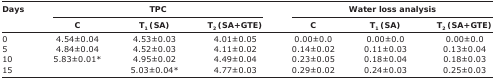
<table><thead><tr><td rowspan="3"><b>Days</b></td><td colspan="3"><b>TPC</b></td><td colspan="3"><b>Water loss analysis</b></td></tr><tr><td><b>C</b></td><td><b>T<sub>1</sub> (SA)</b></td><td><b>T<sub>2</sub> (SA+GTE)</b></td><td><b>C</b></td><td><b>T<sub>1</sub> (SA)</b></td><td><b>T<sub>2</sub> (SA+GTE)</b></td></tr></thead><tbody><tr><td>0</td><td>4.54±0.04</td><td>4.53±0.03</td><td>4.01±0.05</td><td>0.00±0.0</td><td>0.00±0.0</td><td>0.00±0.0</td></tr><tr><td>5</td><td>4.84±0.04</td><td>4.52±0.03</td><td>4.11±0.02</td><td>0.14±0.02</td><td>0.11±0.03</td><td>0.13±0.04</td></tr><tr><td>10</td><td>5.83±0.01*</td><td>4.95±0.02</td><td>4.49±0.04</td><td>0.23±0.05</td><td>0.18±0.04</td><td>0.18±0.03</td></tr><tr><td>15</td><td></td><td>5.03±0.04*</td><td>4.77±0.03</td><td>0.29±0.02</td><td>0.24±0.03</td><td>0.25±0.03</td></tr></tbody></table>